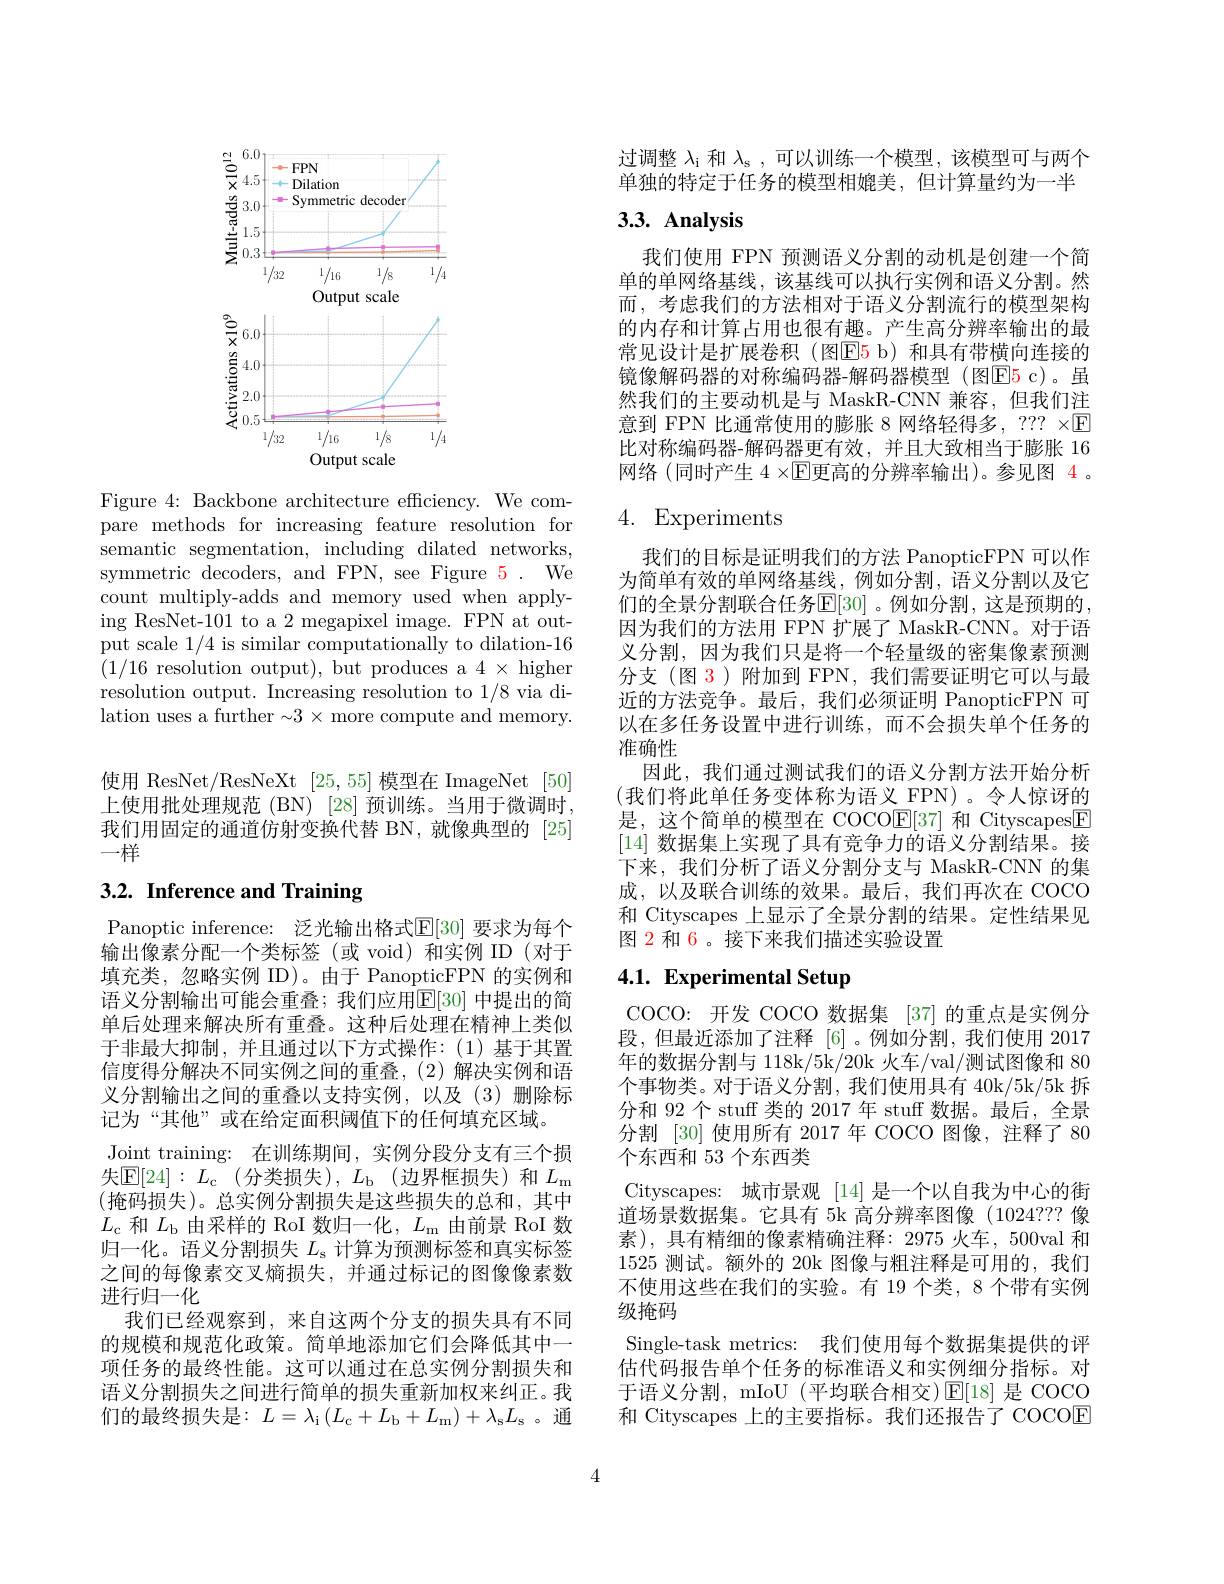
<FigureHere>

Figure 4: Backbone architecture efficiency. We compare methods for increasing feature resolution for semantic segmentation, including dilated networks, symmetric decoders, and FPN, see Figure 5. We count multiply-adds and memory used when applying ResNet-101 to a 2 megapixel image. FPN at output scale 1/4 is similar computationally to dilation-16 (1/16 resolution output), but produces a $4\times$ higher resolution output. Increasing resolution to 1/8 via dilation uses a further $\sim3\times$ more compute and memory.

使用 ResNet/ResNeXt [25,55]模型在 ImageNet[50] 上使用批处理规范(BN)[28]预训练。当用于微调时， 我们用固定的通道仿射变换代替 BN,就像典型的 [25] 一样

# 3.2. Inference and Training

Panoptic inference: 泛光输出格式$\mathbb{E}[30]$ 要求为每个输出像素分配一个类标签(或 void)和实例 ID(对于填充类，忽略实例 ID)。由于 PanopticFPN 的实例和语义分割输出可能会重叠；我们应用$\mathbb{E}[30]$ 中提出的简单后处理来解决所有重叠。这种后处理在精神上类似于非最大抑制，并且通过以下方式操作：(1)基于其置信度得分解决不同实例之间的重叠，(2)解决实例和语义分割输出之间的重叠以支持实例，以及(3)删除标记为“其他”或在给定面积阈值下的任何填充区域。
Joint training: 在训练期间，实例分段分支有三个损失$\mathbb{E} [ 24] : L_{\mathrm{c} }$(分类损失),$L_\mathrm{b}$(边界框损失)和$L_\mathrm{m}$ (掩码损失)。总实例分割损失是这些损失的总和，其中$L_{\mathrm{c}}$和$L_\mathrm{b}$由采样的 RoI 数归一化，$L_\mathrm{m}$由前景 RoI 数归一化。语义分割损失$L_\mathrm{s}$计算为预测标签和真实标签之间的每像素交叉熵损失，并通过标记的图像像素数进行归一化
我们已经观察到，来自这两个分支的损失具有不同的规模和规范化政策。简单地添加它们会降低其中一项任务的最终性能。这可以通过在总实例分割损失和语义分割损失之间进行简单的损失重新加权来纠正。我们的最终损失是$:L=\lambda_\mathrm{i}\left(L_\mathrm{c}+L_\mathrm{b}+L_\mathrm{m}\right)+\lambda_\mathrm{s}L_\mathrm{s}$。通

过调整$\lambda_\mathrm{i}$和$\lambda_\mathrm{s}$,可以训练一个模型，该模型可与两个单独的特定于任务的模型相媲美，但计算量约为一半

## 3.3. Analysis

我们使用 FPN 预测语义分割的动机是创建一个简单的单网络基线，该基线可以执行实例和语义分割。然而 , 考虑我们的方法相对于语义分割流行的模型架构的内存和计算占用也很有趣。产生高分辨率输出的最常见设计是扩展卷积(图$\color{red}{\mathrm{E}}\color{blue}{\mathrm{5~b}}$)和具有带横向连接的镜像解码器的对称编码器-解码器模型(图E5 c)。虽然我们的主要动机是与 MaskR-CNN 兼容，但我们注意到 FPN 比通常使用的膨胀 8 网络轻得多，??? ×$\mathbb{E}$ 比对称编码器-解码器更有效，并且大致相当于膨胀 16网络(同时产生 $4\times\mathbb{E}$更高的分辨率输出)。参见图 4 。

# 4. Experiments

我们的目标是证明我们的方法 PanopticFPN 可以作为简单有效的单网络基线，例如分割，语义分割以及它们的全景分割联合任务$\mathbb{E}[30]$ 。例如分割，这是预期的因为我们的方法用 FPN 扩展了 MaskR-CNN。对于语义分割，因为我们只是将一个轻量级的密集像素预测分支(图 3)附加到 FPN,我们需要证明它可以与最近的方法竞争。最后，我们必须证明 PanopticFPN 可以在多任务设置中进行训练，而不会损失单个任务的准确性
因此，我们通过测试我们的语义分割方法开始分析(我们将此单任务变体称为语义 FPN)。令人惊讶的是，这个简单的模型在 COCOE[37]和 Cityscapes$\boxed{\mathrm{F}}$ [14]数据集上实现了具有竞争力的语义分割结果。接下来，我们分析了语义分割分支与 MaskR-CNN 的集成，以及联合训练的效果。最后，我们再次在 COCO 和 Cityscapes 上显示了全景分割的结果。定性结果见图 2 和 6。接下来我们描述实验设置

# 4.1. Experimental Setup

COCO: 开发 COCO 数据集 [37] 的重点是实例分段，但最近添加了注释[6] 。例如分割，我们使用 2017年的数据分割与 118k/5k/20k 火车/val/测试图像和 80个事物类。对于语义分割，我们使用具有 40k/5k/5k 拆分和 92 个 stuff 类的 2017 年 stuff 数据。最后，全景分割 [30] 使用所有 2017 年 COCO 图像，注释了 80个东西和 53 个东西类
Cityscapes: 城市景观 [14]是一个以自我为中心的街道场景数据集。它具有 5k 高分辨率图像(1024??? 像素),具有精细的像素精确注释：2975 火车，500val 和1525 测试。额外的 20k 图像与粗注释是可用的，我们不使用这些在我们的实验。有 19 个类，8 个带有实例级掩码
Single-task metrics: 我们使用每个数据集提供的评估代码报告单个任务的标准语义和实例细分指标。对于语义分割，mIoU(平均联合相交)$\operatorname{E}[18]$是 COCO 和 Cityscapes 上的主要指标。我们还报告了 COCOE

4